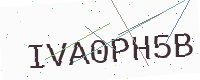
Text: IVA0PH5B